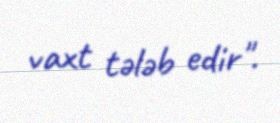
vaxt tələb edir".